Report of the Bombay Veterinary College
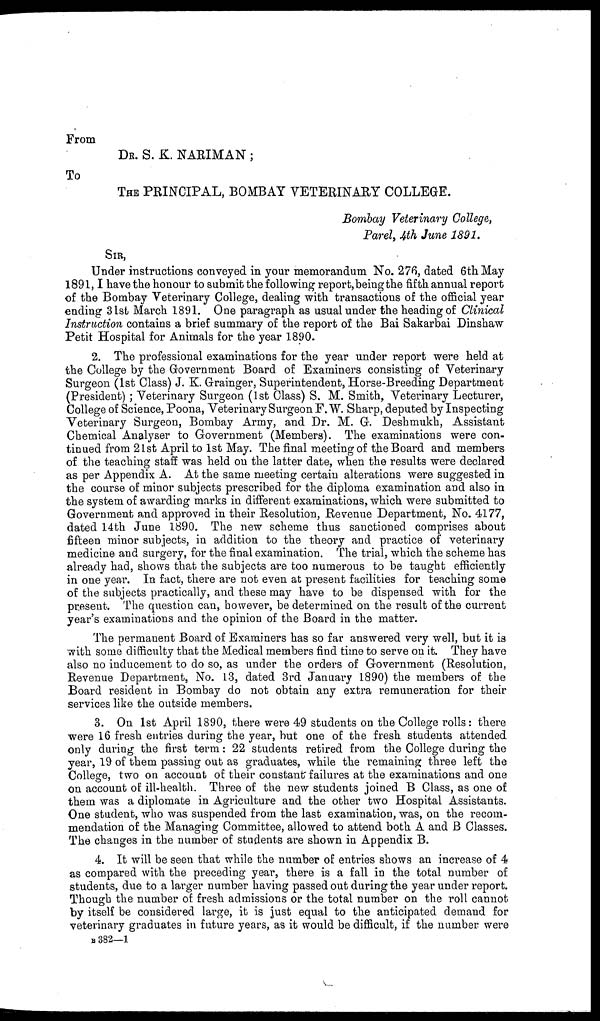
From
DR. S. K. NARIMAN;
To
THE PRINCIPAL, BOMBAY VETERINARY COLLEGE.
Bombay Veterinary College,
Parel, 4th June 1891.
SIR,
Under instructions conveyed in your memorandum No. 276, dated 6th May
1891,I have the honour to submit the following report, being the fifth annual report
of the Bombay Veterinary College, dealing with transactions of the official year
ending 31st March 1891. One paragraph as usual under the heading of Clinical
Instruction contains a brief summary of the report of the Bai Sakarbai Dinshaw
Petit Hospital for Animals for the year 1890.
2. The professional examinations for the year under report were held at
the College by the Government Board of Examiners consisting of Veterinary
Surgeon (1st Class) J. K. Grainger, Superintendent, Horse-Breeding Department
(President); Veterinary Surgeon (1st Class) S. M. Smith, Veterinary Lecturer,
College of Science, Poona, Veterinary Surgeon F.W. Sharp, deputed by Inspecting
Veterinary Surgeon, Bombay Army, and Dr. M. G. Deshmukh, Assistant
Chemical Analyser to Government (Members). The examinations were con-
tinued from 21st April to 1st May. The final meeting of the Board and members
of the teaching staff was held on the latter date, when the results were declared
as per Appendix A. At the same meeting certain alterations were suggested in
the course of minor subjects prescribed for the diploma examination and also in
the system of awarding marks in different examinations, which were submitted to
Government and approved in their Resolution, Revenue Department, No. 4177,
dated 14th June 1890. The new scheme thus sanctioned comprises about
fifteen minor subjects, in addition to the theory and practice of veterinary
medicine and surgery, for the final examination. The trial, which the scheme has
already had, shows that the subjects are too numerous to be taught efficiently
in one year. In fact, there are not even at present facilities for teaching some
of the subjects practically, and these may have to be dispensed with for the
present. The question can, however, be determined on the result of the current
year's examinations and the opinion of the Board in the matter.
The permanent Board of Examiners has so far answered very well, but it is
with some difficulty that the Medical members find time to serve on it. They have
also no inducement to do so, as under the orders of Government (Resolution,
Revenue Department, No. 13, dated 3rd January 1890) the members of the
Board resident in Bombay do not obtain any extra remuneration for their
services like the outside members.
3. On 1st April 1890, there were 49 students on the College rolls: there
were 16 fresh entries during the year, but one of the fresh students attended
only during the first term: 22 students retired from the College during the
year, 19 of them passing out as graduates, while the remaining three left the
College, two on account of their constant failures at the examinations and one
on account of ill-health. Three of the new students joined B Class, as one of
them was a diplomate in Agriculture and the other two Hospital Assistants.
One student, who was suspended from the last examination, was, on the recom-
mendation of the Managing Committee, allowed to attend both A and B Classes.
The changes in the number of students are shown in Appendix B.
4. It will be seen that while the number of entries shows an increase of 4
as compared with the preceding year, there is a fall in the total number of
students, due to a larger number having passed out during the year under report.
Though the number of fresh admissions or the total number on the roll cannot
by itself be considered large, it is just equal to the anticipated demand for
veterinary graduates in future years, as it would be difficult, if the number were
B 382—1